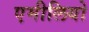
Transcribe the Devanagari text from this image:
एमीलियो